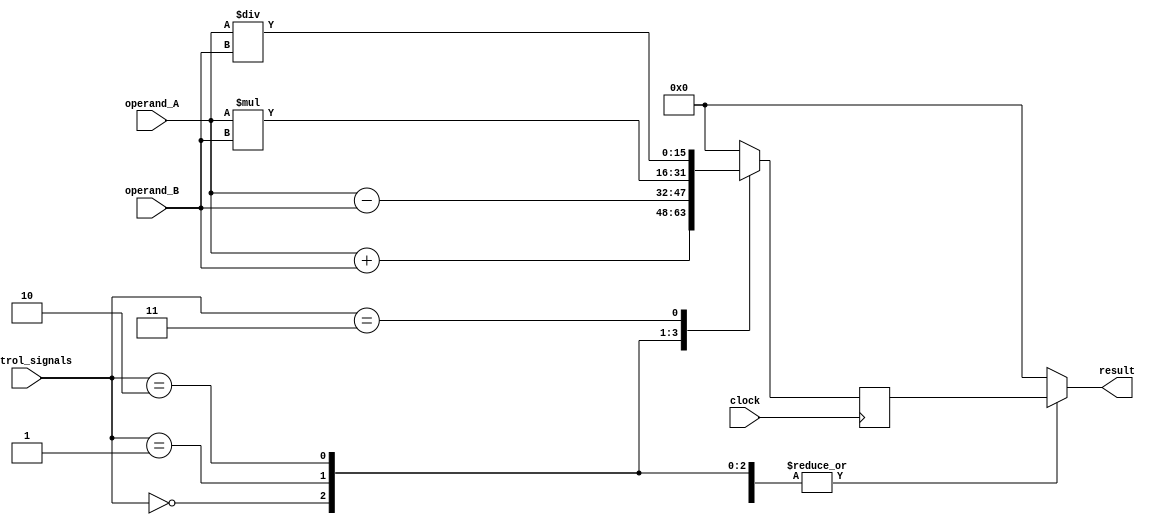
module ALU (
    input wire [15:0] operand_A,
    input wire [15:0] operand_B,
    input wire [2:0] control_signals,
    input wire clock,
    output reg [15:0] result
);

reg [15:0] temp_result;

// Arithmetic blocks
always @(posedge clock) begin
    case(control_signals)
        3'b000: temp_result <= operand_A + operand_B; // Addition
        3'b001: temp_result <= operand_A - operand_B; // Subtraction
        3'b010: temp_result <= operand_A * operand_B; // Multiplication
        3'b011: temp_result <= operand_A / operand_B; // Division
        default: temp_result <= 16'b0; // Default case
    endcase
end

// Multiplexer
always @* begin
    case(control_signals)
        3'b000: result <= temp_result; // Addition
        3'b001: result <= temp_result; // Subtraction
        3'b010: result <= temp_result; // Multiplication
        3'b011: result <= temp_result; // Division
        default: result <= 16'b0; // Default case
    endcase
end

endmodule